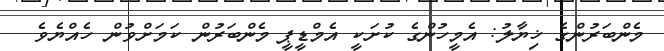
މެންބަރުންގެ ޚިޔާލު: އެމީހުންގެ ކުށަކީ އެމްޑީޕީ މެންބަރުން ކަމަށްވުން ހެއްޔެވެ